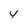
Character: Y